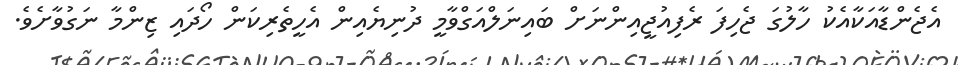
އެޖެންޑާއަކާއެކު ހާލުގަ ޖެހިފަ ރެފިއުޖީއިންނަށް ބައިނަލްއަގްވާމީ ދުނިޔެއިން އެހީތެރިކަން ހޯދައި ޒިންމާ ނަގުވާށެވެ.